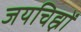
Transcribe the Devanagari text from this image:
जयचिह्नों